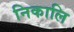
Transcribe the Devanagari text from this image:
निकालि